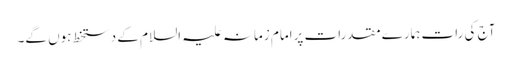
آج کی رات ہمارے مقدرات پرامام زمانہ علیہ السلام کے دستخط ہوں گے۔